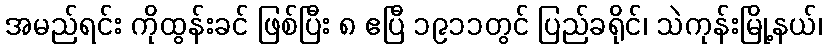
အမည်ရင်း ကိုထွန်းခင် ဖြစ်ပြီး ၈ ဧပြီ ၁၉၁၁တွင် ပြည်ခရိုင်၊ သဲကုန်းမြို့နယ်၊